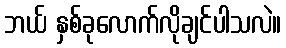
ဘယ် နှစ်ခုလောက်လိုချင်ပါသလဲ။